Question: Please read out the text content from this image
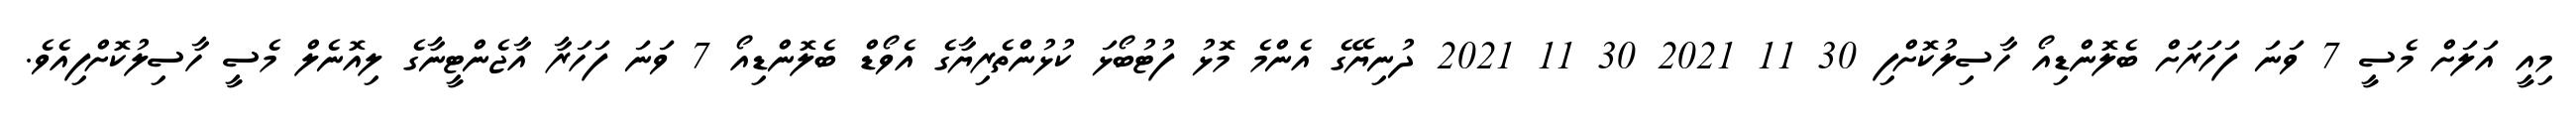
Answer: މިއީ އަލަށް މެސީ 7 ވަނަ ފަހަރަށް ބެލޮންޑިއޯ ހާސިލުކޮށްފި 30 11 2021 30 11 2021 ދުނިޔޭގެ އެންމެ މޮޅު ފުޓުބޯޅަ ކުޅުންތެރިޔާގެ އެވޯޑް ބެލޮންޑިއޯ 7 ވަނަ ފަހަރާ އާޖެންޓީނާގެ ލިއޮނެލް މެސީ ހާސިލުކޮށްފިއެވެ.